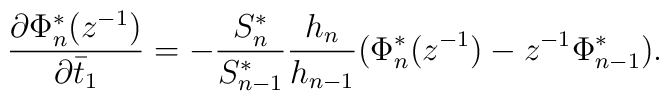
\frac{\partial \Phi_{n}^{*}(z^{-1})}{\partial \bar{t}_{1}}=-\frac{S_{n}^{*}}{S_{n-1}^{*}}\frac{h_{n}}{h_{n-1}}(\Phi_{n}^{*}(z^{-1})-z^{-1}\Phi_{n-1}^{*}).